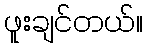
ဖူးချင်တယ်။